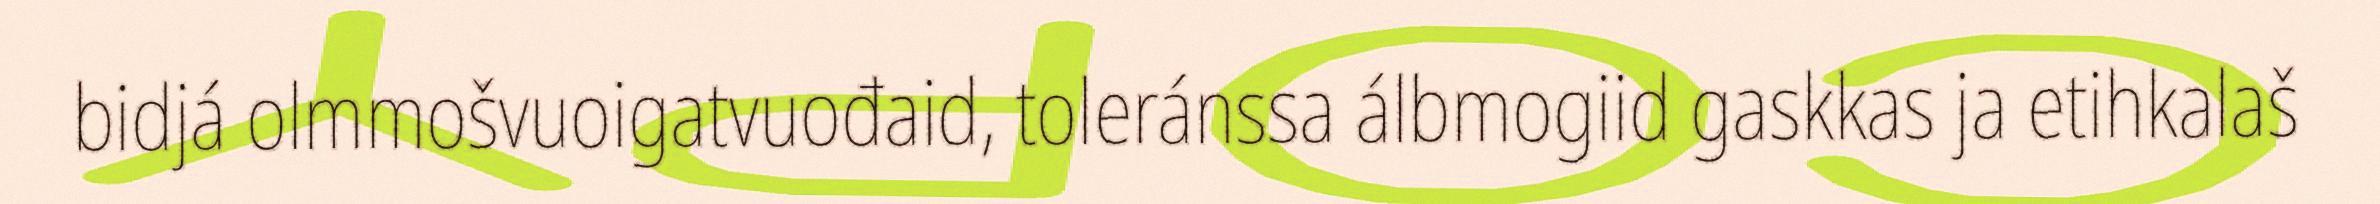
bidjá olmmošvuoigatvuođaid, toleránssa álbmogiid gaskkas ja etihkalaš